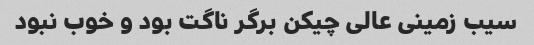
سیب زمینی عالی چیکن برگر ناگت بود و خوب نبود